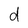
Character: d